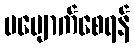
ပပျောက်စေရန်